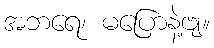
အဘရေ၊ မပြောနဲ့ဗျ။